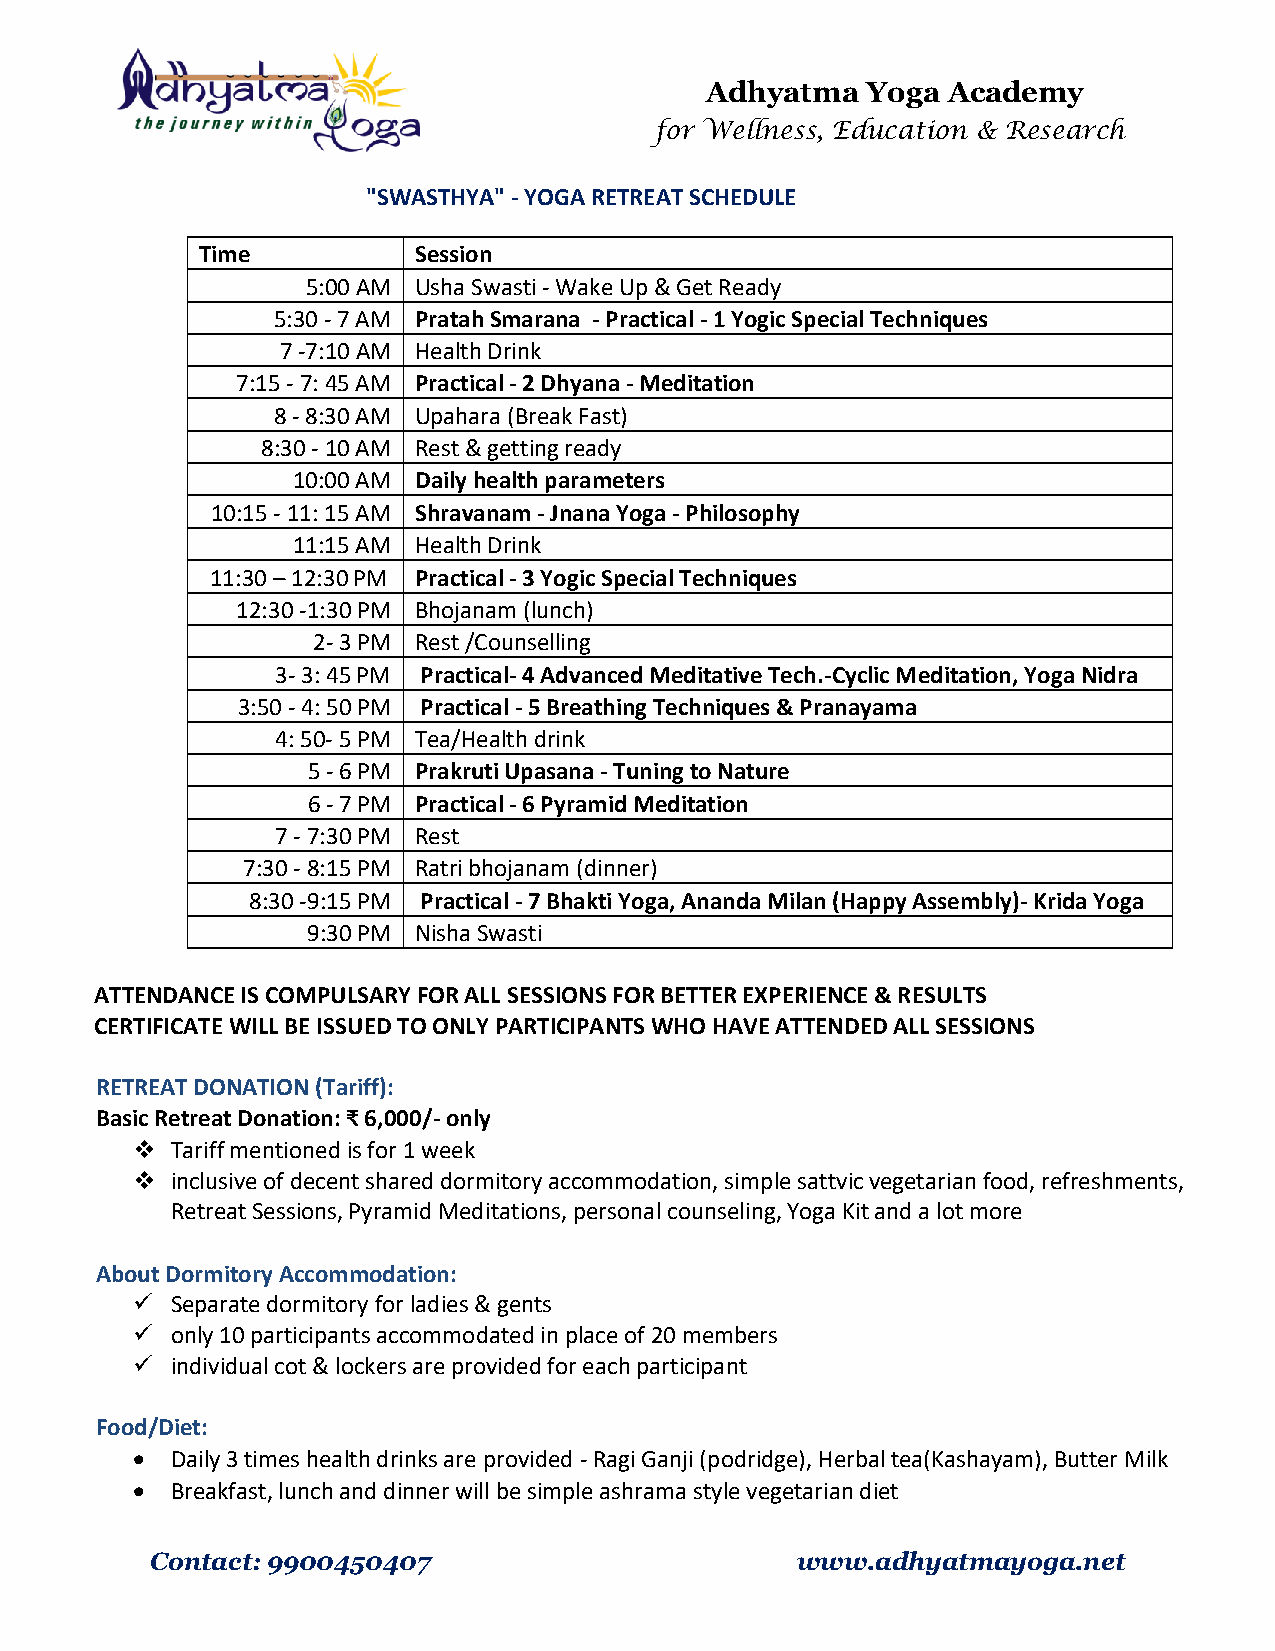
Adhyatma  Yoga  Academy
 for Wellness, Education & Research
 "SWASTHYA" - YOGA RETREAT SCHEDULE
 Time          Session
 5:00 AM Usha Swasti - Wake Up & Get Ready
 5:30 - 7 AM Pratah Smarana - Practical - 1 Yogic Special Techniques
 7 -7:10 AM Health Drink
 7:15 - 7: 45 AM Practical - 2 Dhyana - Meditation
 8 - 8:30 AM Upahara (Break Fast)
 8:30 - 10 AM Rest & getting ready
 10:00 AM Daily health parameters
 10:15 - 11: 15 AM Shravanam - Jnana Yoga - Philosophy
 11:15 AM Health Drink
 11:30 – 12:30 PM Practical - 3 Yogic Special Techniques
 12:30 -1:30 PM Bhojanam (lunch)
 2- 3 PM Rest /Counselling
 3- 3: 45 PM Practical- 4 Advanced Meditative Tech.-Cyclic Meditation, Yoga Nidra
 3:50 - 4: 50 PM Practical - 5 Breathing Techniques & Pranayama
 4: 50- 5 PM Tea/Health drink
 5 - 6 PM Prakruti Upasana - Tuning to Nature
 6 - 7 PM Practical - 6 Pyramid Meditation
 7 - 7:30 PM Rest
 7:30 - 8:15 PM Ratri bhojanam (dinner)
 8:30 -9:15 PM Practical - 7 Bhakti Yoga, Ananda Milan (Happy Assembly)- Krida Yoga
 9:30 PM Nisha Swasti
 ATTENDANCE IS COMPULSARY FOR ALL SESSIONS FOR BETTER EXPERIENCE & RESULTS
 CERTIFICATE WILL BE ISSUED TO ONLY PARTICIPANTS WHO HAVE ATTENDED ALL SESSIONS
 RETREAT DONATION (Tariff):
 Basic Retreat Donation: ₹ 6,000/- only
  Tariff mentioned is for 1 week
  inclusive of decent shared dormitory accommodation, simple sattvic vegetarian food, re freshments,
 Retreat Sessions, Pyramid Meditations, personal counseling, Yoga Kit and a lot more
 About Dormitory Accommodation:
  Separate dormitory for ladies & gents
  only 10 participants accommodated in place of 20 members
  individual cot & lockers are provided for each participant
 Food/Diet:
  Daily 3 times health drinks are provided - Ragi Ganji (podridge), Herbal tea(Kashayam), Butter Milk
  Breakfast, lunch and dinner will be simple ashrama style vegetarian diet
 Contact: 9900450407                        www.adhyatmayoga.net